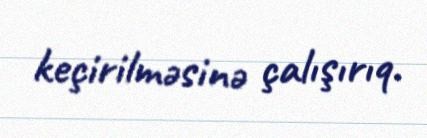
keçirilməsinə çalışırıq.